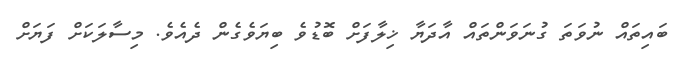
ބައިތައް ނުވަތަ ގުނަވަންތައް އާދަޔާ ޚިލާފަށް ބޮޑުވެ ބިޔަވެގެން ދެއެވެ. މިސާލަކަށް ފަޔަށް